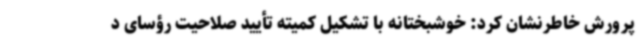
پرورش خاطرنشان کرد: خوشبختانه با تشکیل کمیته تأیید صلاحیت رؤسای د